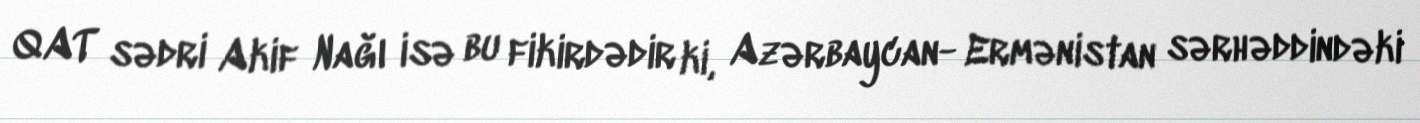
QAT sədri Akif Nağı isə bu fikirdədir ki, Azərbaycan- Ermənistan sərhəddindəki